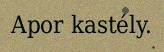
Apor kastély.